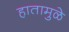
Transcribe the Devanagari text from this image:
हातामुळे